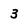
Character: 3